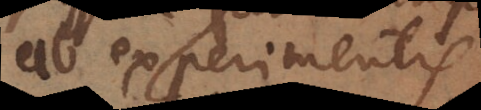
ab experimentis